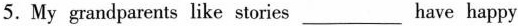
5. My grandparents like stories ___ have happy